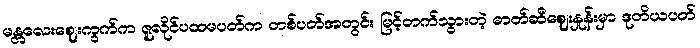
မန္တလေးဈေးကွက်က ဇူလိုင်ပထမပတ်က တစ်ပတ်အတွင်း မြင့်တက်သွားတဲ့ ဓာတ်ဆီဈေးနှုန်းမှာ ဒုတိယပတ်